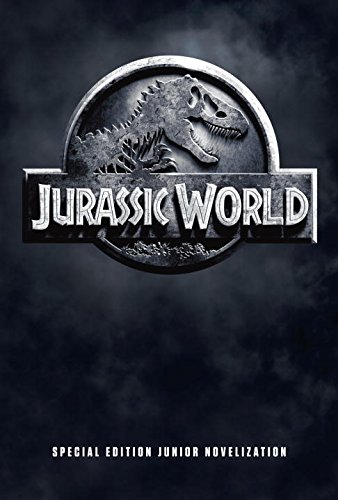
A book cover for Jurassic World Special Edition Junior Novelization (Jurassic World); David Lewman; Children's Books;